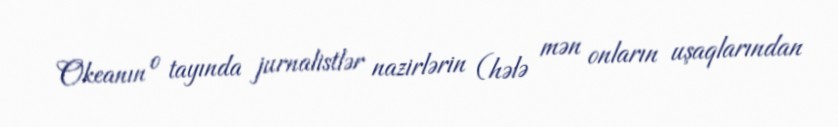
Okeanın o tayında jurnalistlər nazirlərin (hələ mən onların uşaqlarından